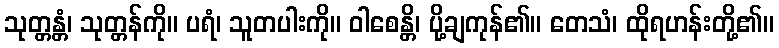
သုတ္တန္တံ၊ သုတ္တန်ကို။ ပရံ၊ သူတပါးကို။ ဝါစေန္တိ၊ ပို့ချကုန်၏။ တေသံ၊ ထိုရဟန်းတို့၏။